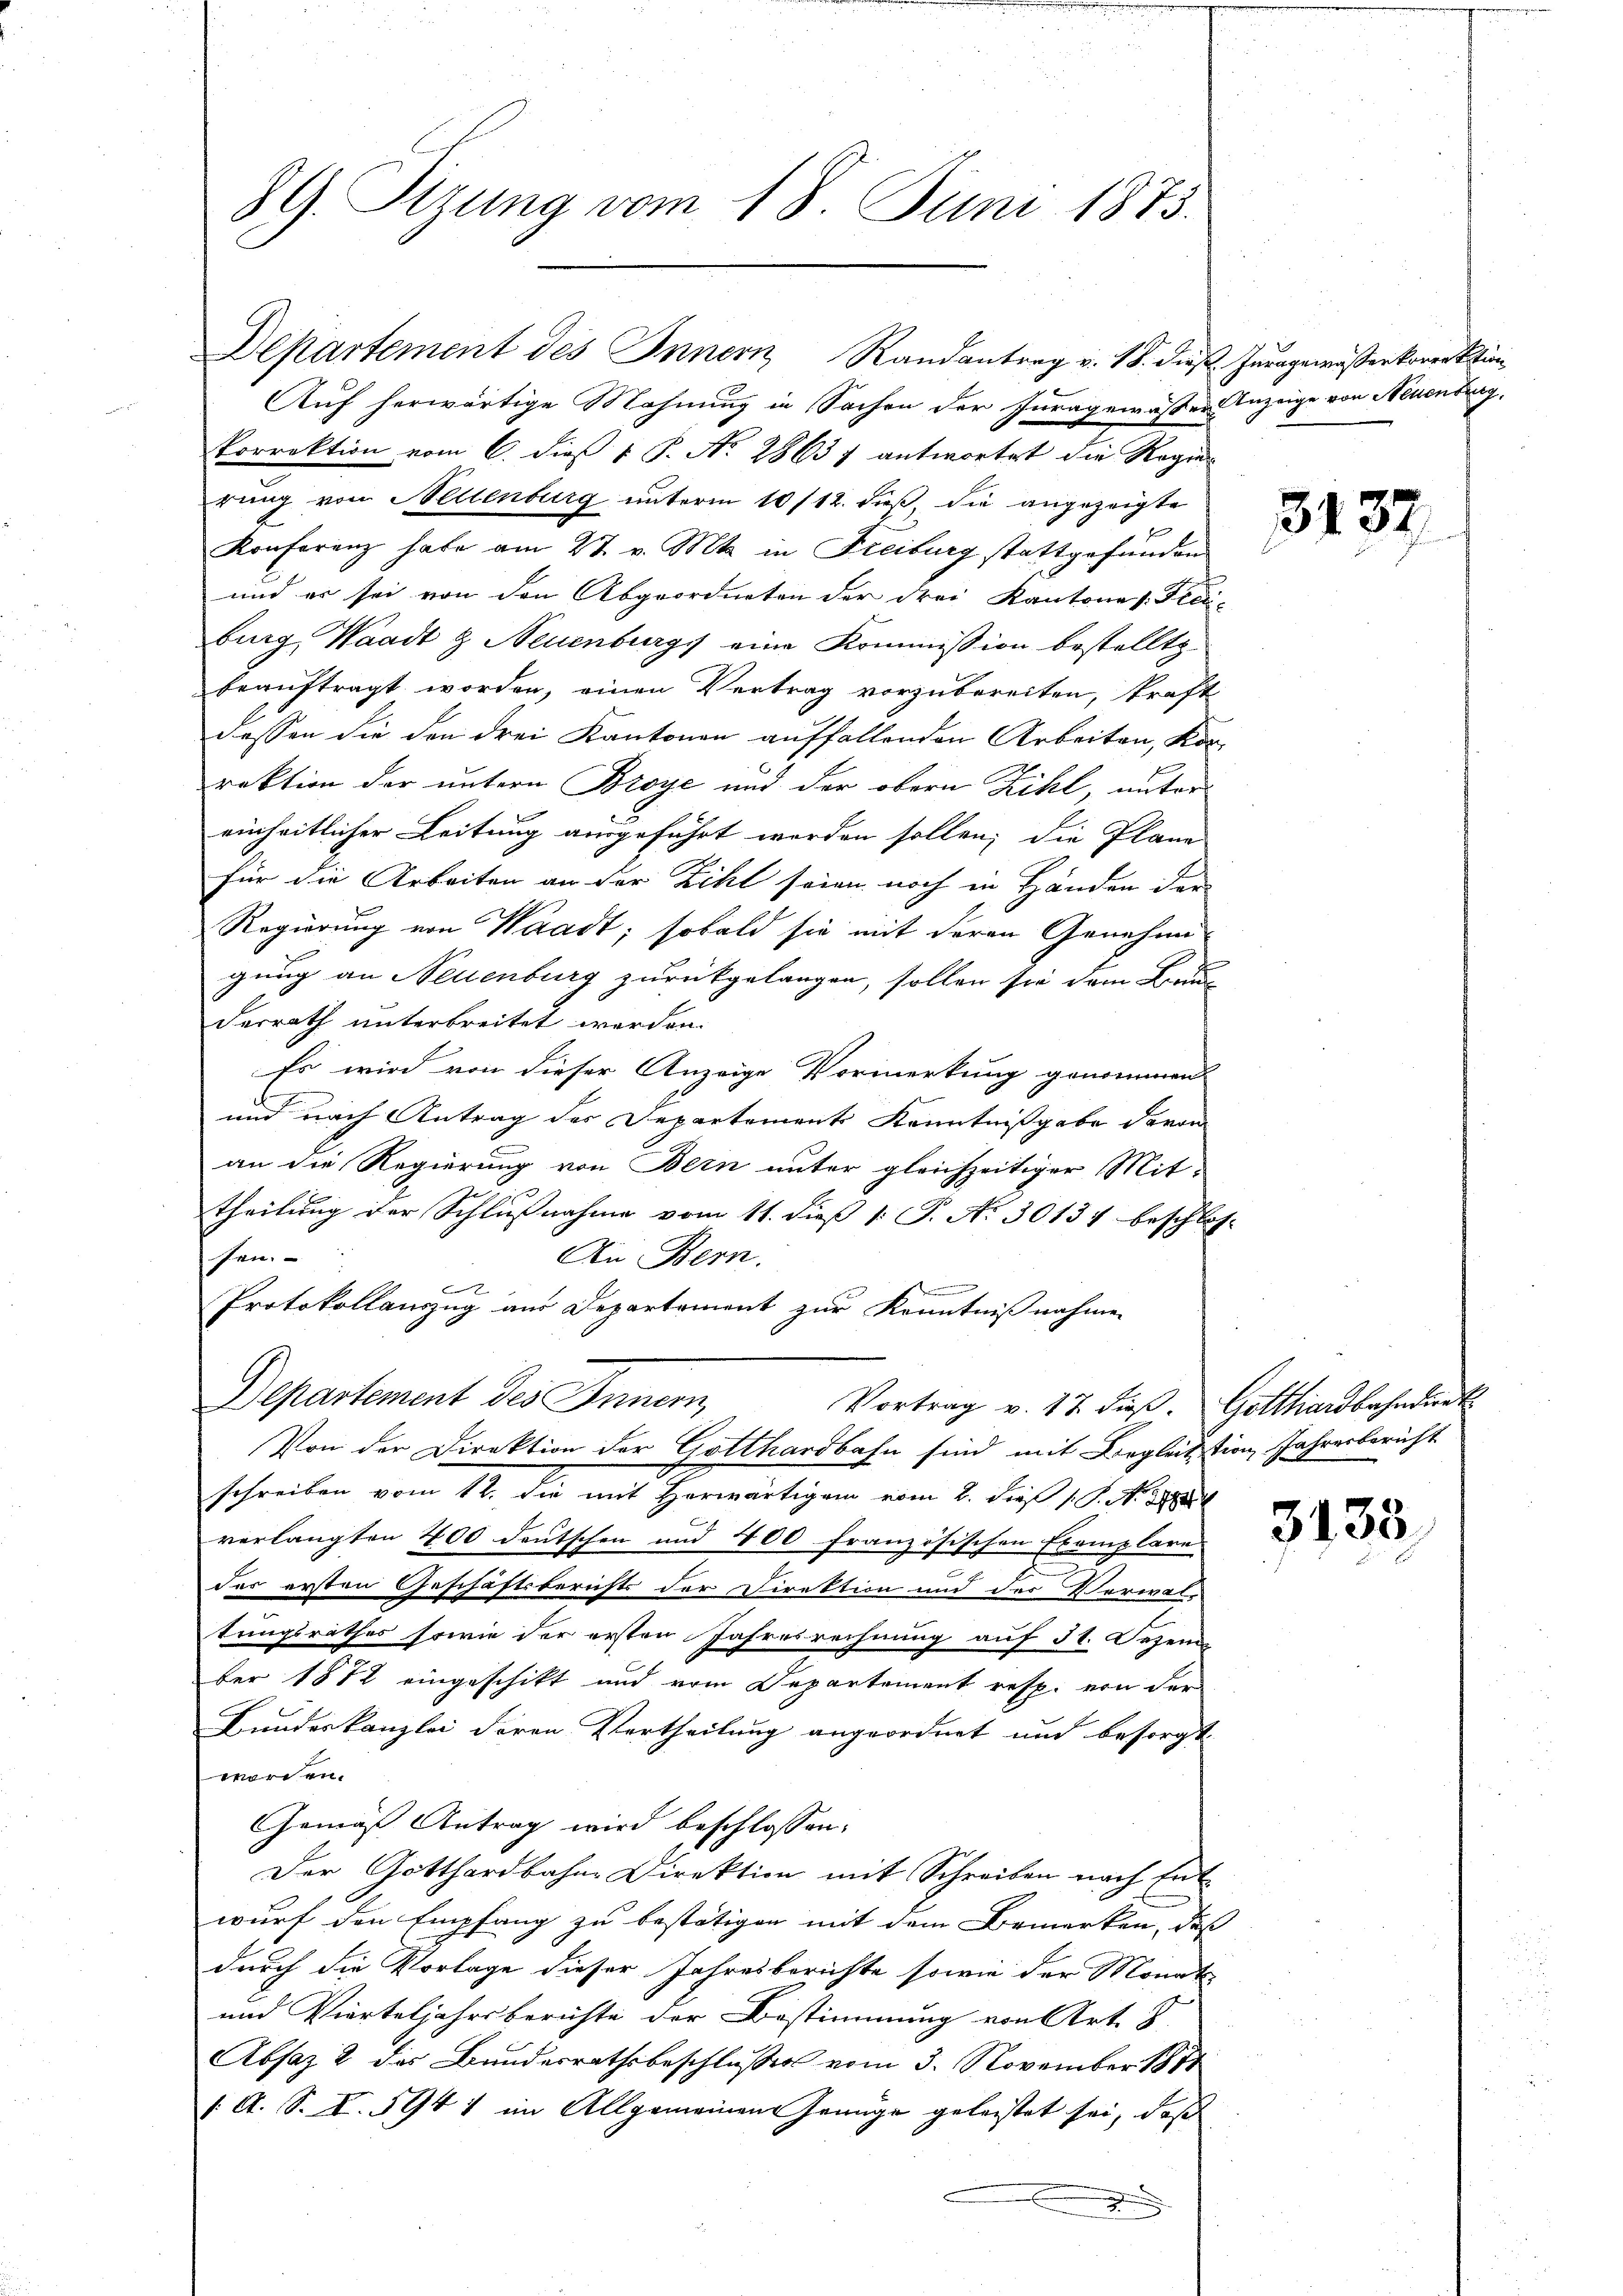
89. Sizung vom 18. Juni 1873.

Departement des Innern Randantrag v. 18. dieß Juragewässerkorrektion
Auf herwärtige Mahnung in Sachen der Juragewässer Anzeige von Neuenburg,
Porrektion vom 6. dieß v. P. No 2863 f antwortet die Regie
rung von Mellenburg unterm 10/12. dieß, die angezeigte
Konferenz habe am 27. v. Mts. in Freiburg stattgefunden
und er sei von den Abgeordneten der drei Kantone s. Peci-
burg, Waadt & Neuenburg eine Kommission bestellte
beauftragt worden, einen Vertrag vorzubereiten, kraft
dessen die den drei Kantonen auffallenden Arbeiten, Korrektion der untern Broye und der obern Zihl, unter
einheitlicher Leitung ausgeführt worden sollen; die Plane
für die Arbeiten an der Zihl seien noch in Händen der
Regierung von Waadt; sobald sie mit deren Genehme
gung an Neuenburg zurückgelangen, sollen sie dem Braun
derrath unterbreitet werden.
Es wird von dieser Anzeige Vormerkung genommen
b
und nach Antrag des Departement Kenntnißgabe davon
an die Regierung von Bern unter gleichzeitiger Mittheilung der Schlußnahme vom 11. dieß (: P. No 30134 beschlos-
fen.
An Bern.
n
Protokollauszug aus Departement zur Kenntnißnahmen
Departement des Innern,
Vortrag v. 17. dieß. Gotthardbahndurk
Von der Direktion der Gotthardbahn sind mit Begleitstion Jahresbericht
schreiben vom 12. die mit Horwärtigem vom 2. dieß 18. d.
verlangten 400 deutschen und 400 französischen Exemplare
des ersten Geschäftsberichts der Direktion und des Verwaltungsrathes sowie der ersten Jahresrechnung auf 31. Dezem
ber 1872 eingeschikt und vom Departement resp. von der
Bundeskanzlei deren Vertheilung angeordnet und besorgt
worden.
Gemäß Antrag wird beschlossen:
Der Gotthardbahne Direktion mit Schreiben nach Ent-
wurf den Empfang zu bestätigen mit dem Bemerken, dass |
durch die Vorlage dieser Jahresberichte sowie der Monats-
und Vierteljahrsberichte der Bestimmung von Art. 8
Absaz 2 des Bundesrathsbeschlusses vom 3. November 1891
(A. S. I. 594 1 im Allgemeinen Genüge geleistet sei, daß

3137

3135